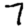
Digit: 7